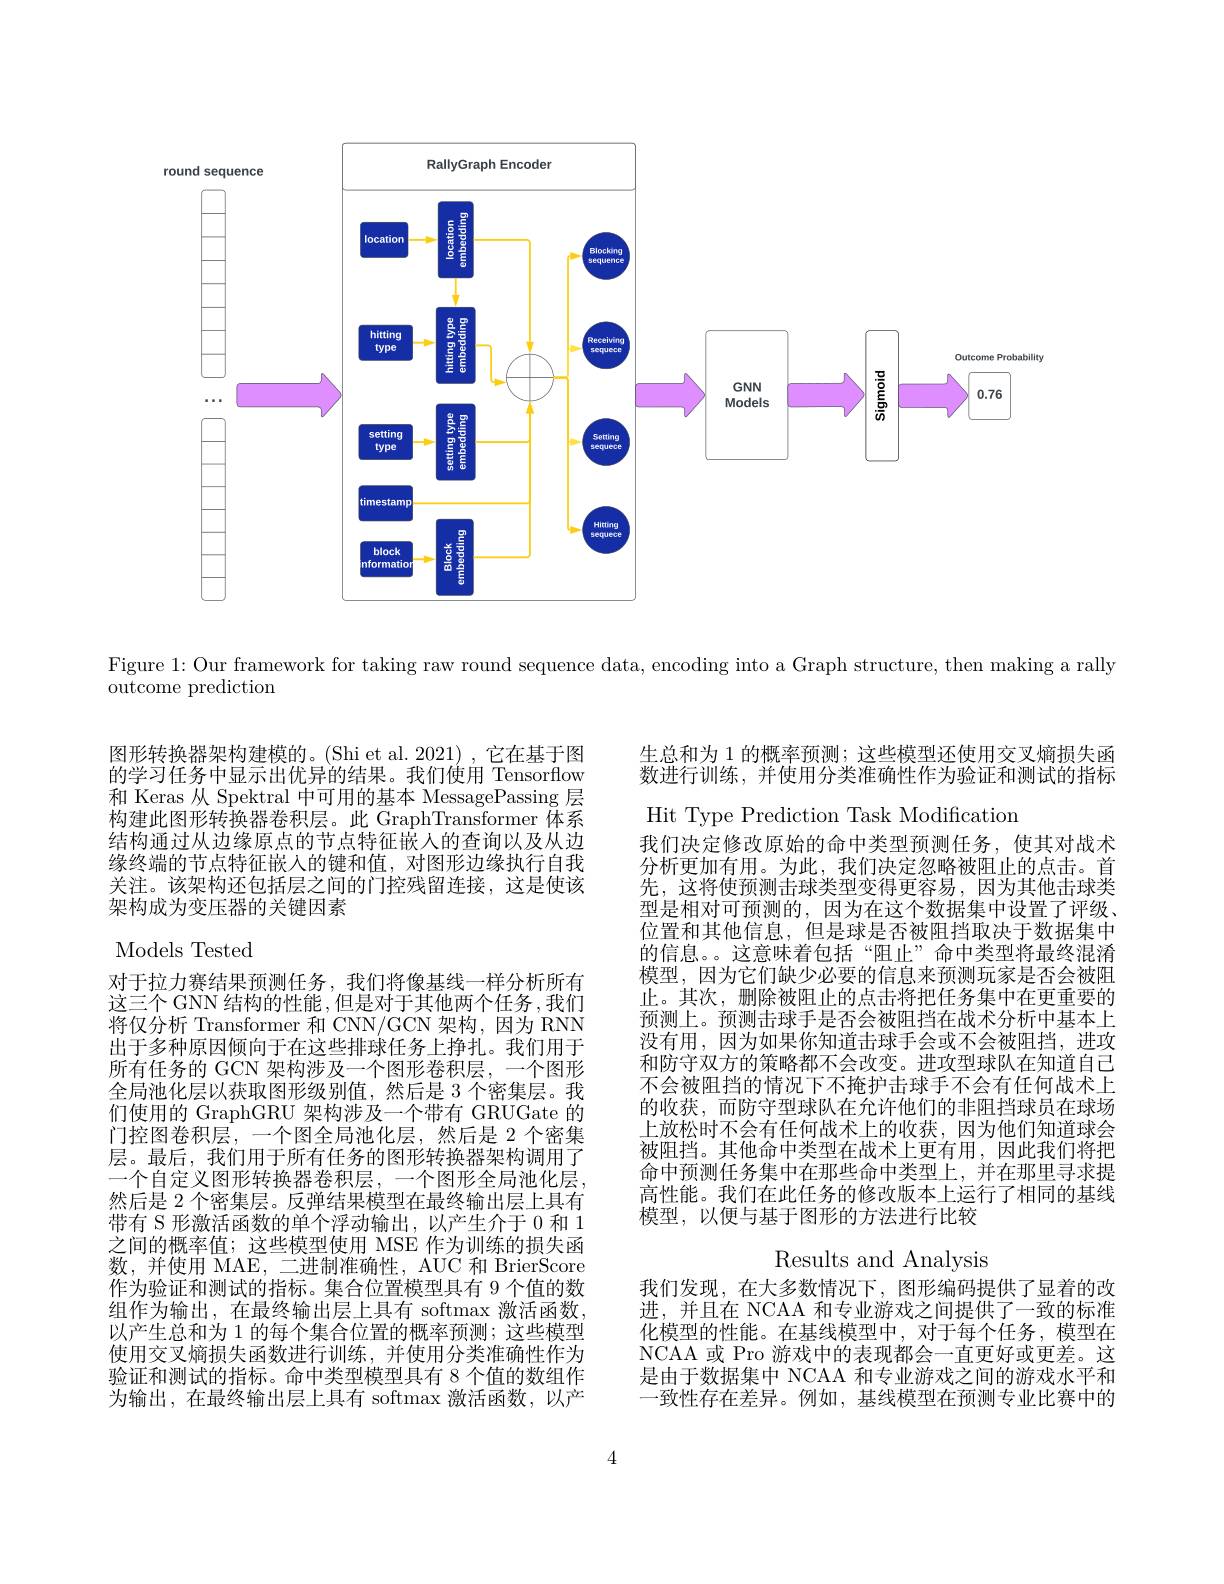
<FigureHere>

Figure 1: Our framework for taking raw round sequence data, encoding into a Graph structure, then making a rally

outcome prediction

生总和为 1 的概率预测；这些模型还使用交叉熵损失函数进行训练，并使用分类准确性作为验证和测试的指标

图形转换器架构建模的。(Shi et al. 2021),它在基于图的学习任务中显示出优异的结果。我们使用 Tensorflow 和 Keras 从 Spektral 中可用的基本 MessagePassing 层构建此图形转换器卷积层。此 GraphTransformer 体系结构通过从边缘原点的节点特征嵌入的查询以及从边缘终端的节点特征嵌入的键和值，对图形边缘执行自我关注。该架构还包括层之间的门控残留连接，这是使该架构成为变压器的关键因素

Models Tested

Hit Type Prediction Task Modification
我们决定修改原始的命中类型预测任务，使其对战术分析更加有用。为此，我们决定忽略被阻止的点击。首先，这将使预测击球类型变得更容易，因为其他击球类型是相对可预测的，因为在这个数据集中设置了评级、 位置和其他信息，但是球是否被阻挡取决于数据集中的信息。。这意味着包括“阻止”命中类型将最终混淆模型，因为它们缺少必要的信息来预测玩家是否会被阻止。其次，删除被阻止的点击将把任务集中在更重要的预测上。预测击球手是否会被阻挡在战术分析中基本上没有用，因为如果你知道击球手会或不会被阻挡，进攻和防守双方的策略都不会改变。进攻型球队在知道自己不会被阻挡的情况下不掩护击球手不会有任何战术上的收获，而防守型球队在允许他们的非阻挡球员在球场上放松时不会有任何战术上的收获，因为他们知道球会被阻挡。其他命中类型在战术上更有用，因此我们将把命中预测任务集中在那些命中类型上，并在那里寻求提高性能。我们在此任务的修改版本上运行了相同的基线模型，以便与基于图形的方法进行比较

对于拉力赛结果预测任务，我们将像基线一样分析所有这三个 GNN 结构的性能 ,但是对于其他两个任务 ,我们将仅分析 Transformer 和 CNN/GCN 架构，因为 RNN 出于多种原因倾向于在这些排球任务上挣扎。我们用于所有任务的 GCN 架构涉及一个图形卷积层，一个图形全局池化层以获取图形级别值，然后是 3 个密集层。我们使用的 GraphGRU 架构涉及一个带有 GRUGate 的门控图卷积层，一个图全局池化层，然后是 2 个密集层。最后，我们用于所有任务的图形转换器架构调用了一个自定义图形转换器卷积层，一个图形全局池化层， 然后是 2 个密集层。反弹结果模型在最终输出层上具有带有 S 形激活函数的单个浮动输出，以产生介于 0 和 1之间的概率值；这些模型使用 MSE 作为训练的损失函数，并使用 MAE, 二进制准确性，AUC 和 BrierScore 作为验证和测试的指标。集合位置模型具有 9 个值的数组作为输出，在最终输出层上具有 softmax 激活函数， 以产生总和为 1 的每个集合位置的概率预测；这些模型使用交叉熵损失函数进行训练，并使用分类准确性作为验证和测试的指标。命中类型模型具有 8 个值的数组作为输出，在最终输出层上具有 softmax 激活函数，以产

Results and Analysis

我们发现，在大多数情况下，图形编码提供了显着的改进，并且在 NCAA 和专业游戏之间提供了一致的标准化模型的性能。在基线模型中，对于每个任务，模型在NCAA 或 Pro 游戏中的表现都会一直更好或更差。这是由于数据集中 NCAA 和专业游戏之间的游戏水平和一致性存在差异。例如，基线模型在预测专业比赛中的

4